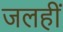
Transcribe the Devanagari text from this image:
जलहीं